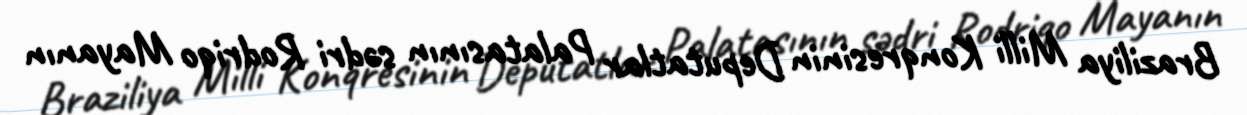
Braziliya Milli Konqresinin Deputatlar Palatasının sədri Rodriqo Mayanın